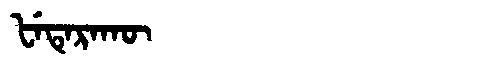
Manchu: ᡶᡝᡨᡝᡵᠠᡴᡡ
Romanization: FETERAKŪ